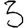
Digit: 3